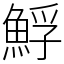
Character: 䱐